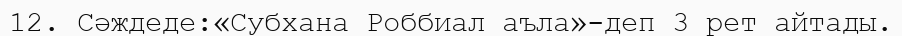
12. Сәждеде:«Субхана Роббиал аъла»-деп 3 рет айтады.